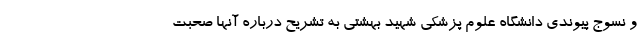
و نسوج پیوندی دانشگاه علوم پزشکی شهید بهشتی به تشریح درباره آنها صحبت